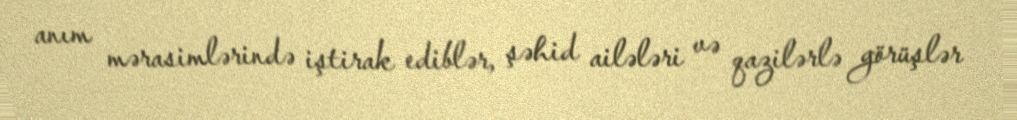
anım mərasimlərində iştirak ediblər, şəhid ailələri və qazilərlə görüşlər